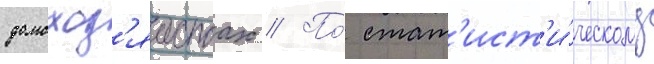
домохоз'яиствах // По́ стат'ист'и́ческому